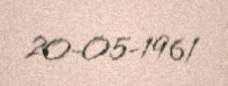
20-05-1961